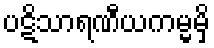
ပဋိသာရဏီယကမ္မမှိ